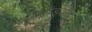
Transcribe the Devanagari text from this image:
मंडूकरा